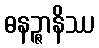
ဓနဉ္ဇာနိဿ